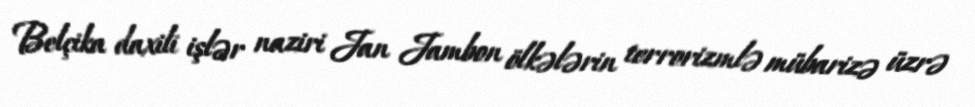
Belçika daxili işlər naziri Jan Jambon ölkələrin terrorizmlə mübarizə üzrə